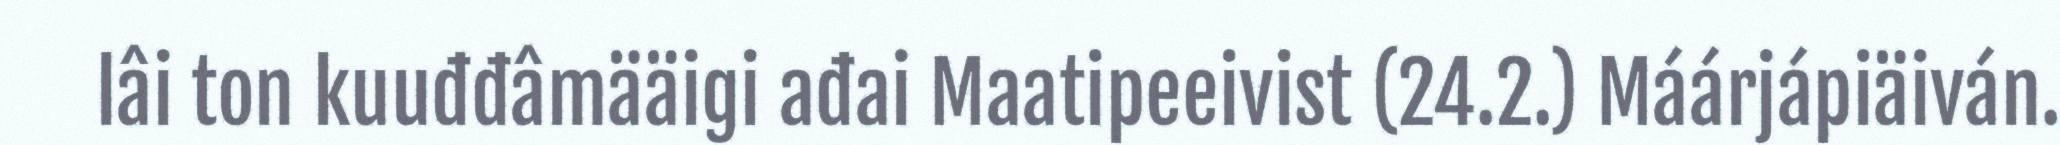
lâi ton kuuđđâmääigi ađai Maatipeeivist (24.2.) Máárjápiäiván.